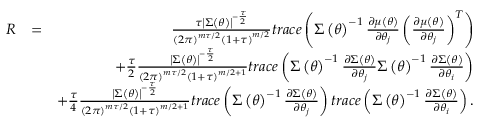
\begin{array} { r l r } { R } & { = } & { \frac { \tau \left\vert \boldsymbol { \Sigma } \left( \boldsymbol { \theta } \right) \right\vert ^ { - \frac { \tau } { 2 } } } { \left( 2 \pi \right) ^ { m \tau / 2 } \left( 1 + \tau \right) ^ { m / 2 } } t r a c e \left( \boldsymbol { \Sigma } \left( \boldsymbol { \theta } \right) ^ { - 1 } \frac { \partial \boldsymbol { \mu } \left( \boldsymbol { \theta } \right) } { \partial \theta _ { j } } \left( \frac { \partial \boldsymbol { \mu } \left( \boldsymbol { \theta } \right) } { \partial \theta _ { j } } \right) ^ { T } \right) } \\ & { } & { + \frac { \tau } { 2 } \frac { \left\vert \boldsymbol { \Sigma } \left( \boldsymbol { \theta } \right) \right\vert ^ { - \frac { \tau } { 2 } } } { \left( 2 \pi \right) ^ { m \tau / 2 } \left( 1 + \tau \right) ^ { m / 2 + 1 } } t r a c e \left( \boldsymbol { \Sigma } \left( \boldsymbol { \theta } \right) ^ { - 1 } \frac { \partial \boldsymbol { \Sigma } \left( \boldsymbol { \theta } \right) } { \partial \theta _ { j } } \boldsymbol { \Sigma } \left( \boldsymbol { \theta } \right) ^ { - 1 } \frac { \partial \boldsymbol { \Sigma } \left( \boldsymbol { \theta } \right) } { \partial \theta _ { i } } \right) } \\ & { } & { + \frac { \tau } { 4 } \frac { \left\vert \boldsymbol { \Sigma } \left( \boldsymbol { \theta } \right) \right\vert ^ { - \frac { \tau } { 2 } } } { \left( 2 \pi \right) ^ { m \tau / 2 } \left( 1 + \tau \right) ^ { m / 2 + 1 } } t r a c e \left( \boldsymbol { \Sigma } \left( \boldsymbol { \theta } \right) ^ { - 1 } \frac { \partial \boldsymbol { \Sigma } \left( \boldsymbol { \theta } \right) } { \partial \theta _ { j } } \right) t r a c e \left( \boldsymbol { \Sigma } \left( \boldsymbol { \theta } \right) ^ { - 1 } \frac { \partial \boldsymbol { \Sigma } \left( \boldsymbol { \theta } \right) } { \partial \theta _ { i } } \right) . } \end{array}